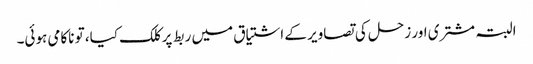
البتہ مشتری اور زحل کی تصاویر کے اشتیاق میں ربط پر کلک کیا، تو ناکامی ہوئی۔